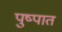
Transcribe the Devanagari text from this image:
पुष्पात